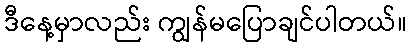
ဒီနေ့မှာလည်း ကျွန်မပြောချင်ပါတယ်။